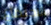
الاجتماع